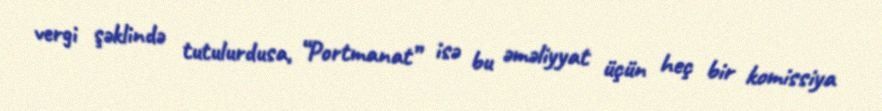
vergi şəklində tutulurdusa, “Portmanat” isə bu əməliyyat üçün heç bir komissiya